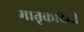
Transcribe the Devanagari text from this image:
मातृकादेवी